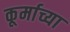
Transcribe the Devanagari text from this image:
कूर्माच्या